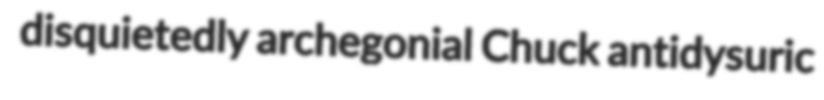
disquietedly archegonial Chuck antidysuric